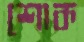
শোক